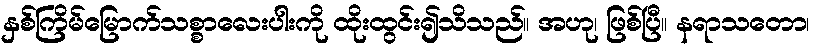
နှစ်ကြိမ်မြောက်သစ္စာလေးပါးကို ထိုးထွင်း၍သိသည်။ အဟု၊ ဖြစ်ပြီ။ နရာသတော၊